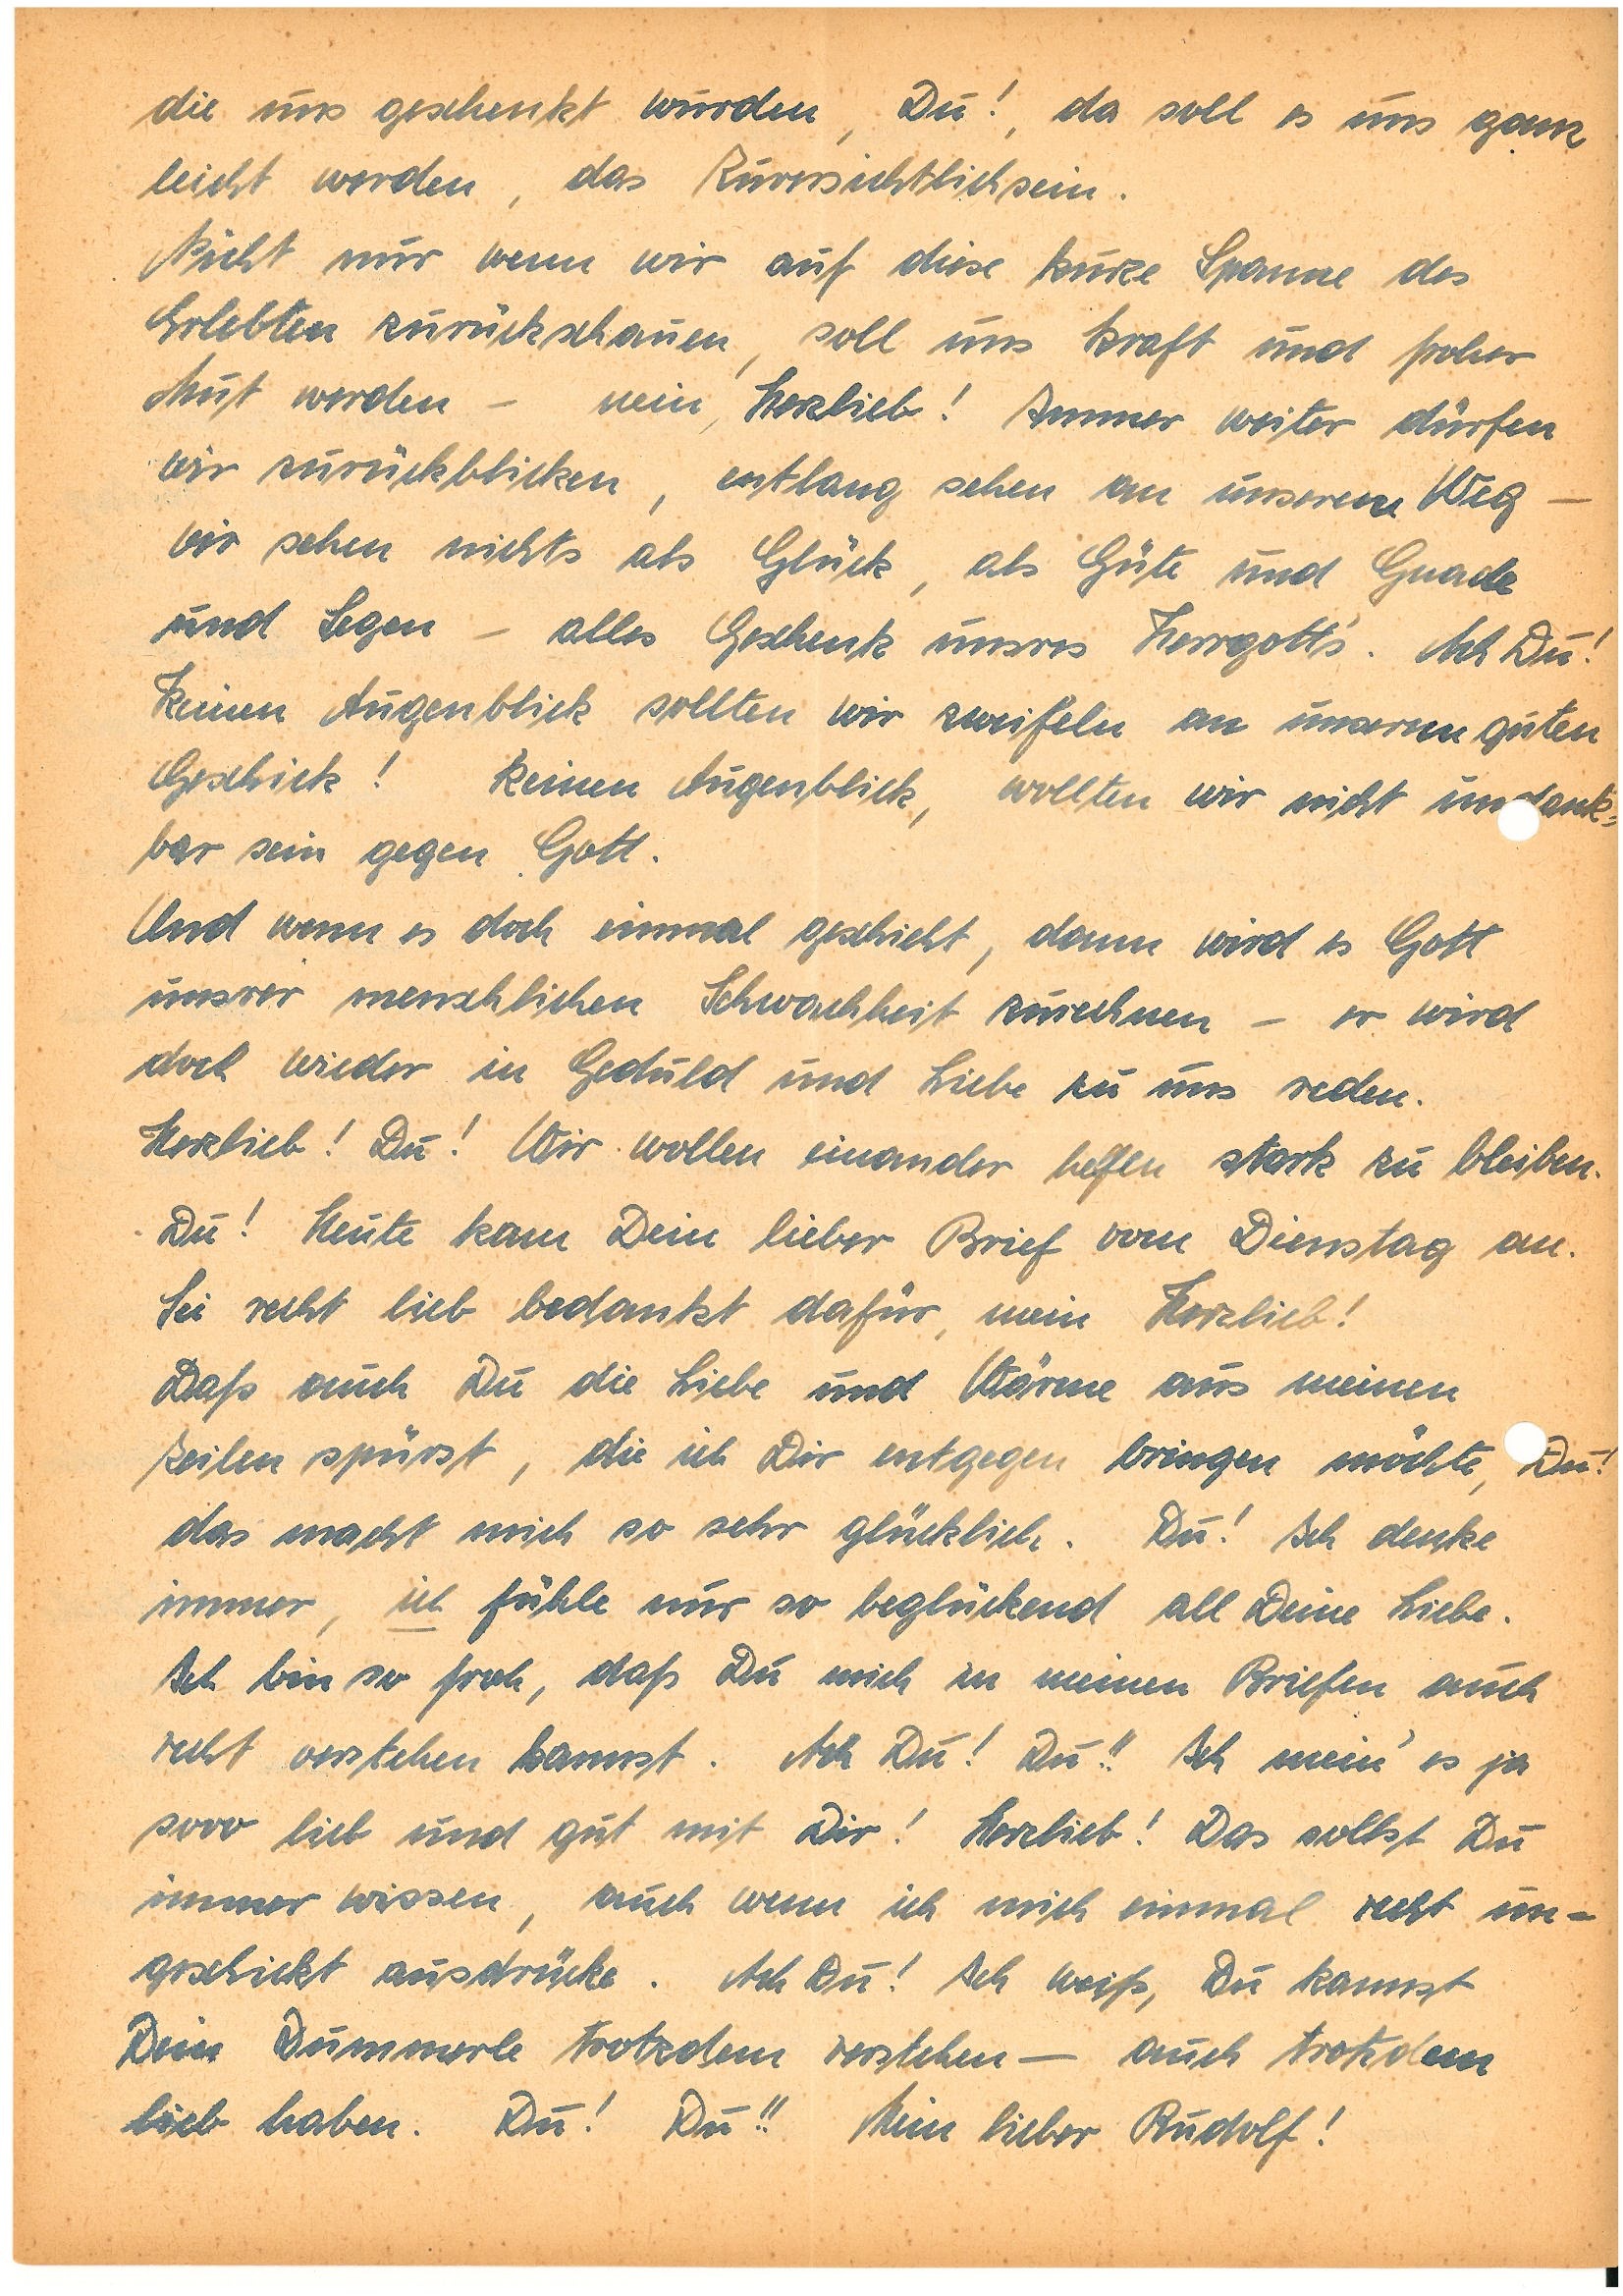
die uns geschenkt wurden, Du!, da soll es uns ganz
leicht werden, das Zuversichtlichsein.
Nicht nur wenn wir auf diese kurze Spanne des
Erlebten zurückschauen, soll uns Kraft und froher
Mut werden – mein, Herzlieb! Immer weiter dürfen
wir zurückblicken, entlang sehen an unserem Weg –
wir sehen nichts als Glück, als Güte und Gnade
und Segen – alles Geschenk unsres Herrgott’s. Ach Du!
Keinen Augenblick sollten wir zweifeln an unserem guten
Geschick! Keinen Augenblick, wollten wir nicht unank¬
bar sein gegen Gott.
Und wenn es doch einmal geschieht, dann wird es Gott
unsrer menschlichen Schwachheit zurechnen – er wird
doch wieder in Geduld und Liebe zu uns reden.
Herzlieb! Du! Wir wollen einander helfen stark zu bleiben.
Du! Heute kam Dein lieber Brief vom Dienstag an.
Sei recht lieb bedankt dafür, mein Herzlieb!
Daß auch Du die Liebe und Wärme aus meinen
Zeilen spürst, die ich Dir entgegen bringen möchte, Du!
das macht mich so sehr glücklich. Du! Ich denke
immer, ich fühle nur so beglückend all Deine Liebe.
Ich bin so froh, daß Du mich in meinen Briefen auch
recht verstehen kannst. Ach Du! Du!! Ich mein’ es ja
sooo lieb und gut mit Dir! Herzlieb! Das sollst Du
immer wissen, auch wenn ich mich einmal recht un¬
geschickt ausdrücke. Ach Du! Ich weiß, Du kannst
Dein Dummerle trotzdem verstehen – auch trotzdem
lieb haben. Du! Du!! Mein lieber !